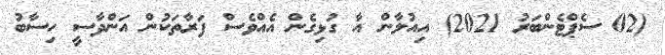
(02 ސެޕްޓެންބަރު 2021) އިއުލާން އާ ގުޅިގެން އެއްވެސް ފަރާތަކުން އަންދާސީ ހިސާބު